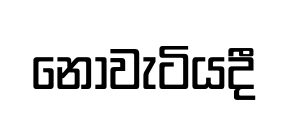
නොවැටියදී